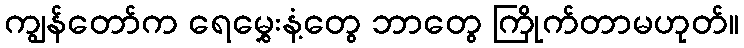
ကျွန်တော်က ရေမွှေးနံ့တွေ ဘာတွေ ကြိုက်တာမဟုတ်။